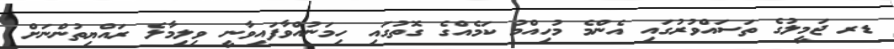
ޑރ ޖަމީލުގެ ތަސައްވުރުގައި އެންމެ މުހިއްމު ކަމެއްގެ ގޮތުގައި ހިމަނުއްވާފައިވާނީ ވިލިމާލެ ރައްޔިތުންނަށް